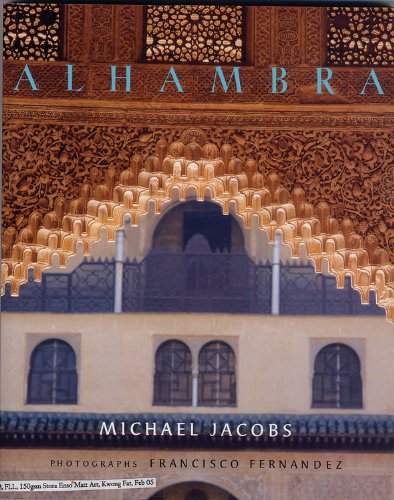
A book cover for Alhambra; Michael Jacobs; Arts & Photography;